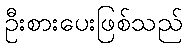
ဦးစားပေးဖြစ်သည်